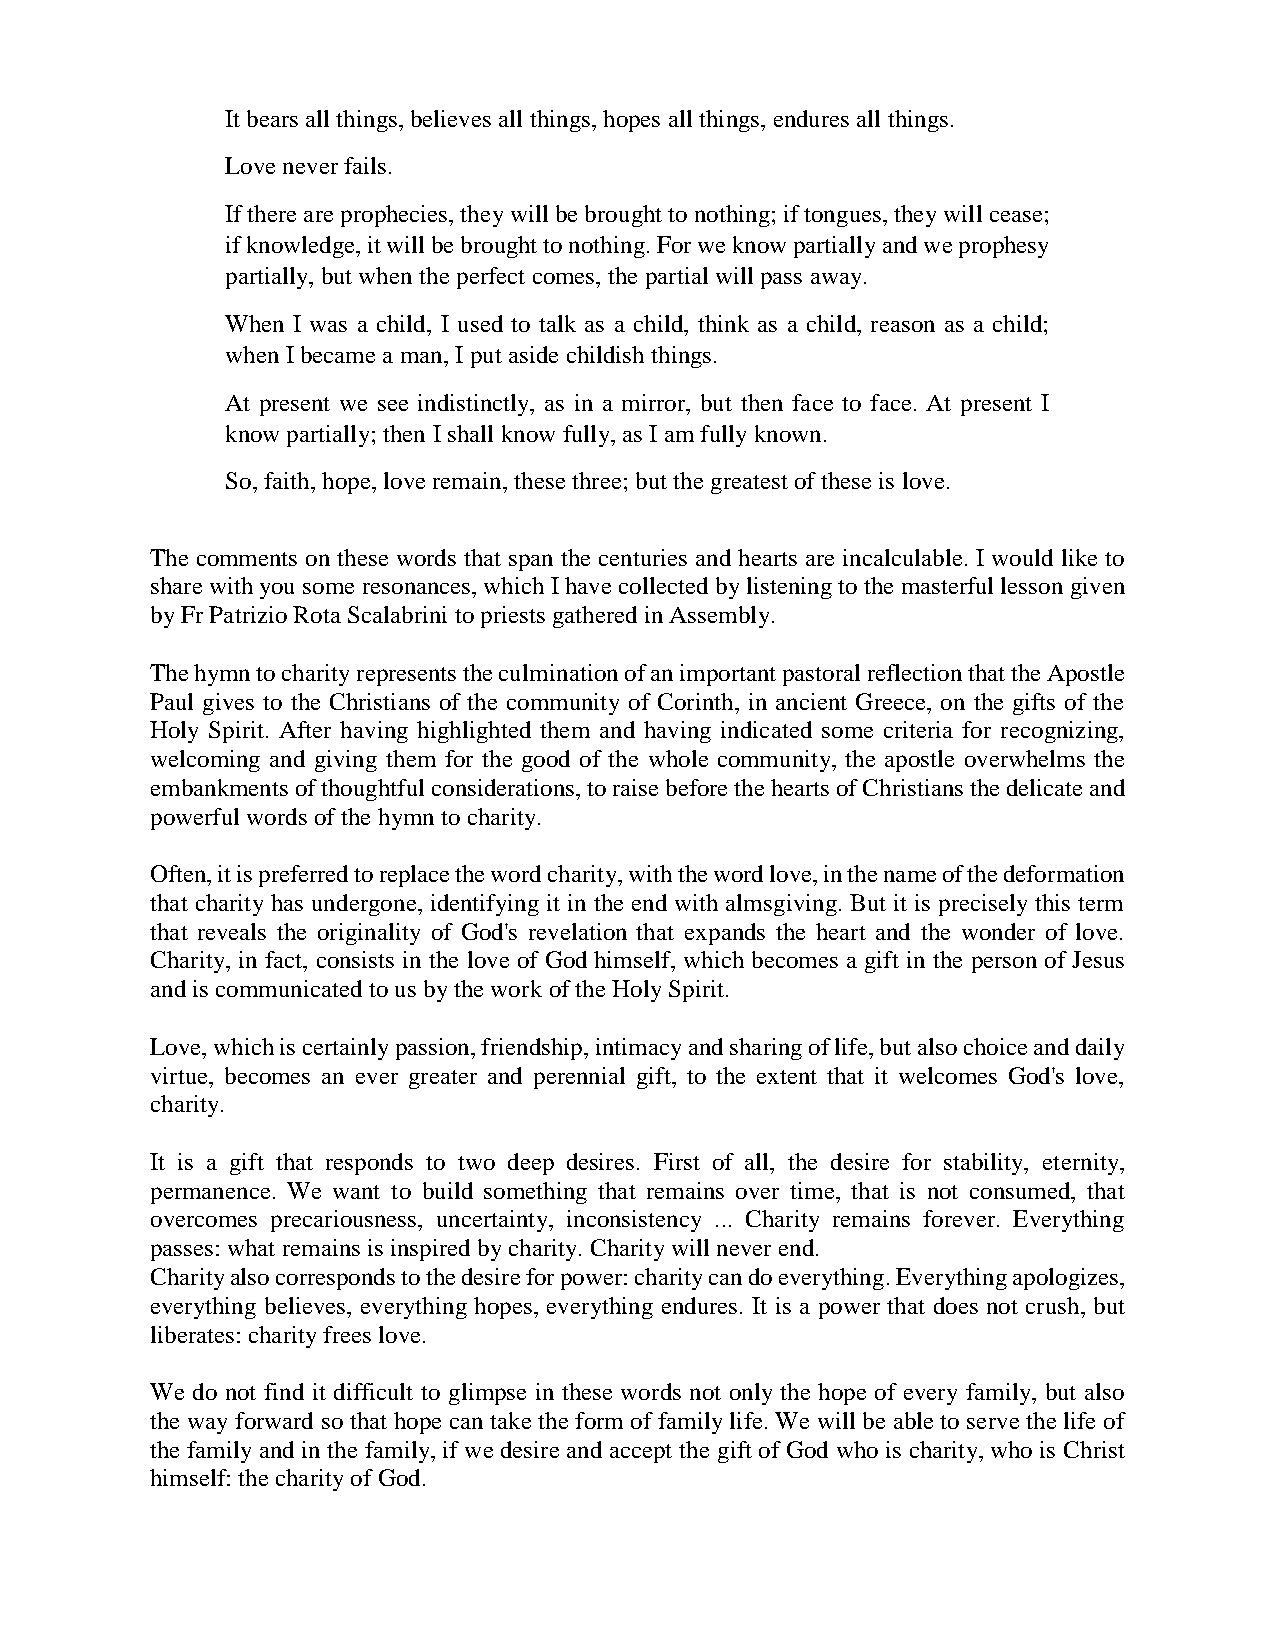
It bears all things, believes all things, hopes all things, endures all things.
 Love never fails.
 If there are prophecies, they will be brought to nothing; if tongues, they will cease;
 if knowledge, it will be brought to nothing. For we know partially and we prophesy
 partially, but when the perfect comes, the partial will pass away.
 When I was a child, I used to talk as a child, think as a child, reason as a child;
 when I became a man, I put aside childish things.
 At present we see indistinctly, as in a mirror, but then face to face. At present I
 know partially; then I shall know fully, as I am fully known.
 So, faith, hope, love remain, these three; but the greatest of these is love.
 The comments on these words that span the centuries and hearts are incalculable. I would like to
 share with you some resonances, which I have collected by listening to the masterful lesson given
 by Fr Patrizio Rota Scalabrini to priests gathered in Assembly.
 The hymn to charity represents the culmination of an important pastoral reflection that the Apostle
 Paul gives to the Christians of the community of Corinth, in ancient Greece, on the gifts of the
 Holy Spirit. After having highlighted them and having indicated some criteria for recognizing,
 welcoming and giving them for the good of the whole community, the apostle overwhelms the
 embankments of thoughtful considerations, to raise before the hearts of Christians the delicate and
 powerful words of the hymn to charity.
 Often, it is preferred to replace the word charity, with the word love, in the name of the deformation
 that charity has undergone, identifying it in the end with almsgiving. But it is precisely this term
 that reveals the originality of God's revelation that expands the heart and the wonder of love.
 Charity, in fact, consists in the love of God himself, which becomes a gift in the person of Jesus
 and is communicated to us by the work of the Holy Spirit.
 Love, which is certainly passion, friendship, intimacy and sharing of life, but also choice and daily
 virtue, becomes an ever greater and perennial gift, to the extent that it welcomes God's love,
 charity.
 It is a gift that responds to two deep desires. First of all, the desire for stability, eternity,
 permanence. We want to build something that remains over time, that is not consumed, that
 overcomes precariousness, uncertainty, inconsistency ... Charity remains forever. Everything
 passes: what remains is inspired by charity. Charity will never end.
 Charity also corresponds to the desire for power: charity can do everything. Everything apologizes,
 everything believes, everything hopes, everything endures. It is a power that does not crush, but
 liberates: charity frees love.
 We do not find it difficult to glimpse in these words not only the hope of every family, but also
 the way forward so that hope can take the form of family life. We will be able to serve the life of
 the family and in the family, if we desire and accept the gift of God who is charity, who is Christ
 himself: the charity of God.